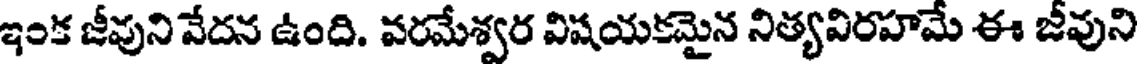
ఇంక జీవుని వేదన ఉంది. వరమేశ్వర విషయకమైన నిత్యవిరహమే ఈ జీవుని